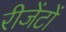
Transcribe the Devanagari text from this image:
रीजेंटों